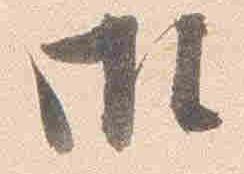
御